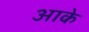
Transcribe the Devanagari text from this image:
अाके